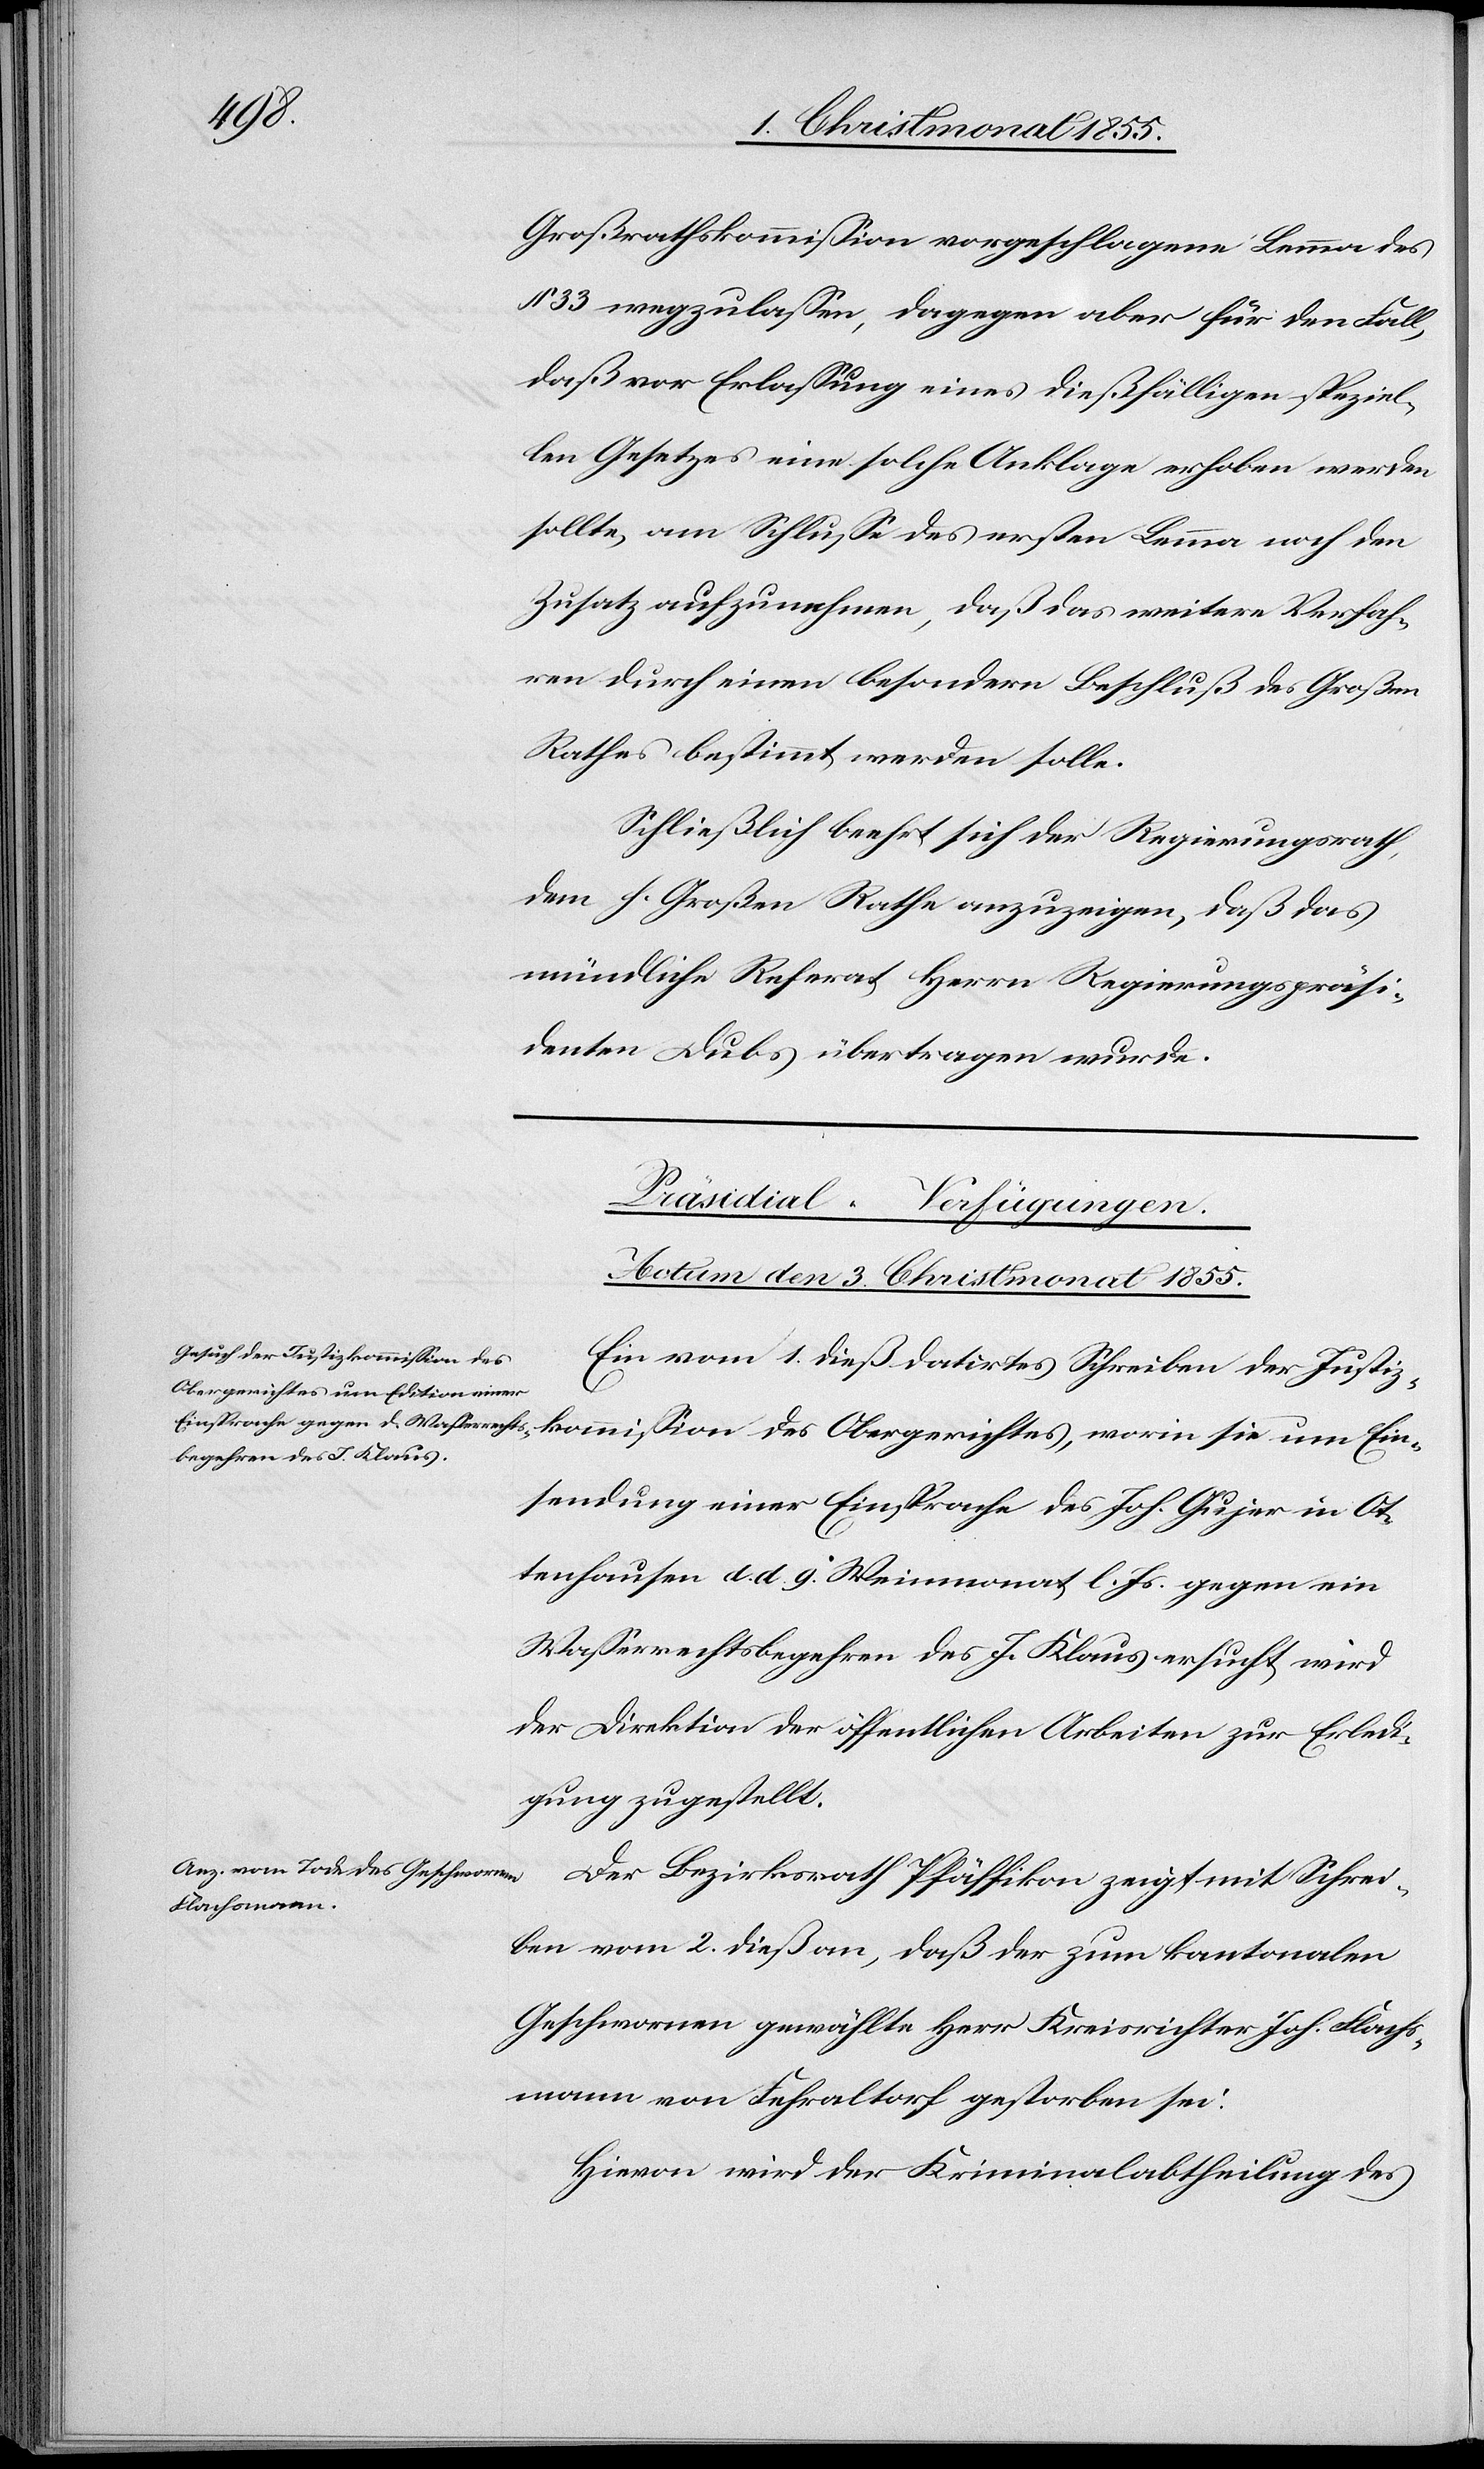
Großrathskommission vorgeschlagene Lemma des
§ 33 wegzulassen, dagegen aber für den Fall,
daß vor Erlassung eines dießfälligen speziel¬
len Gesetzes eine solche Anklage erhoben werden
sollte, am Schlusse des ersten Lemma noch den
Zusatz aufzunehmen, daß das weitere Verfah¬
ren durch einen besondern Beschluß des Großen
Rathes bestimmt werden solle.
Schließlich beehrt sich der Regierungsrath,
dem h. Großen Rathe anzuzeigen, daß das
mündliche Referat Herrn Regierungspräsi¬
denten Dubs übertragen wurde.
[Präsidial-Verfügungen.
Actum den 3. Christmonat 1855.]
Ein vom 1. dieß datirtes Schreiben der Justiz¬
kommission des Obergerichtes, worin sie um Ein¬
sendung einer Einsprache des Joh. Gujer in Ot¬
tenhausen d. d. 9. Weinmonat l. Js. gegen ein
Wasserrechtsbegehren des J. Klaus ersucht, wird
der Direktion der öffentlichen Arbeiten zur Erledi¬
gung zugestellt.
Der Bezirksrath Pfäffikon zeigt mit Schrei¬
ben vom 2. dieß an, daß der zum kantonalen
Geschwornen gewählte Herr Kreisrichter Joh. Flachs¬
mann von Fehraltorf gestorben sei.
Hievon wird der Kriminalabtheilung des